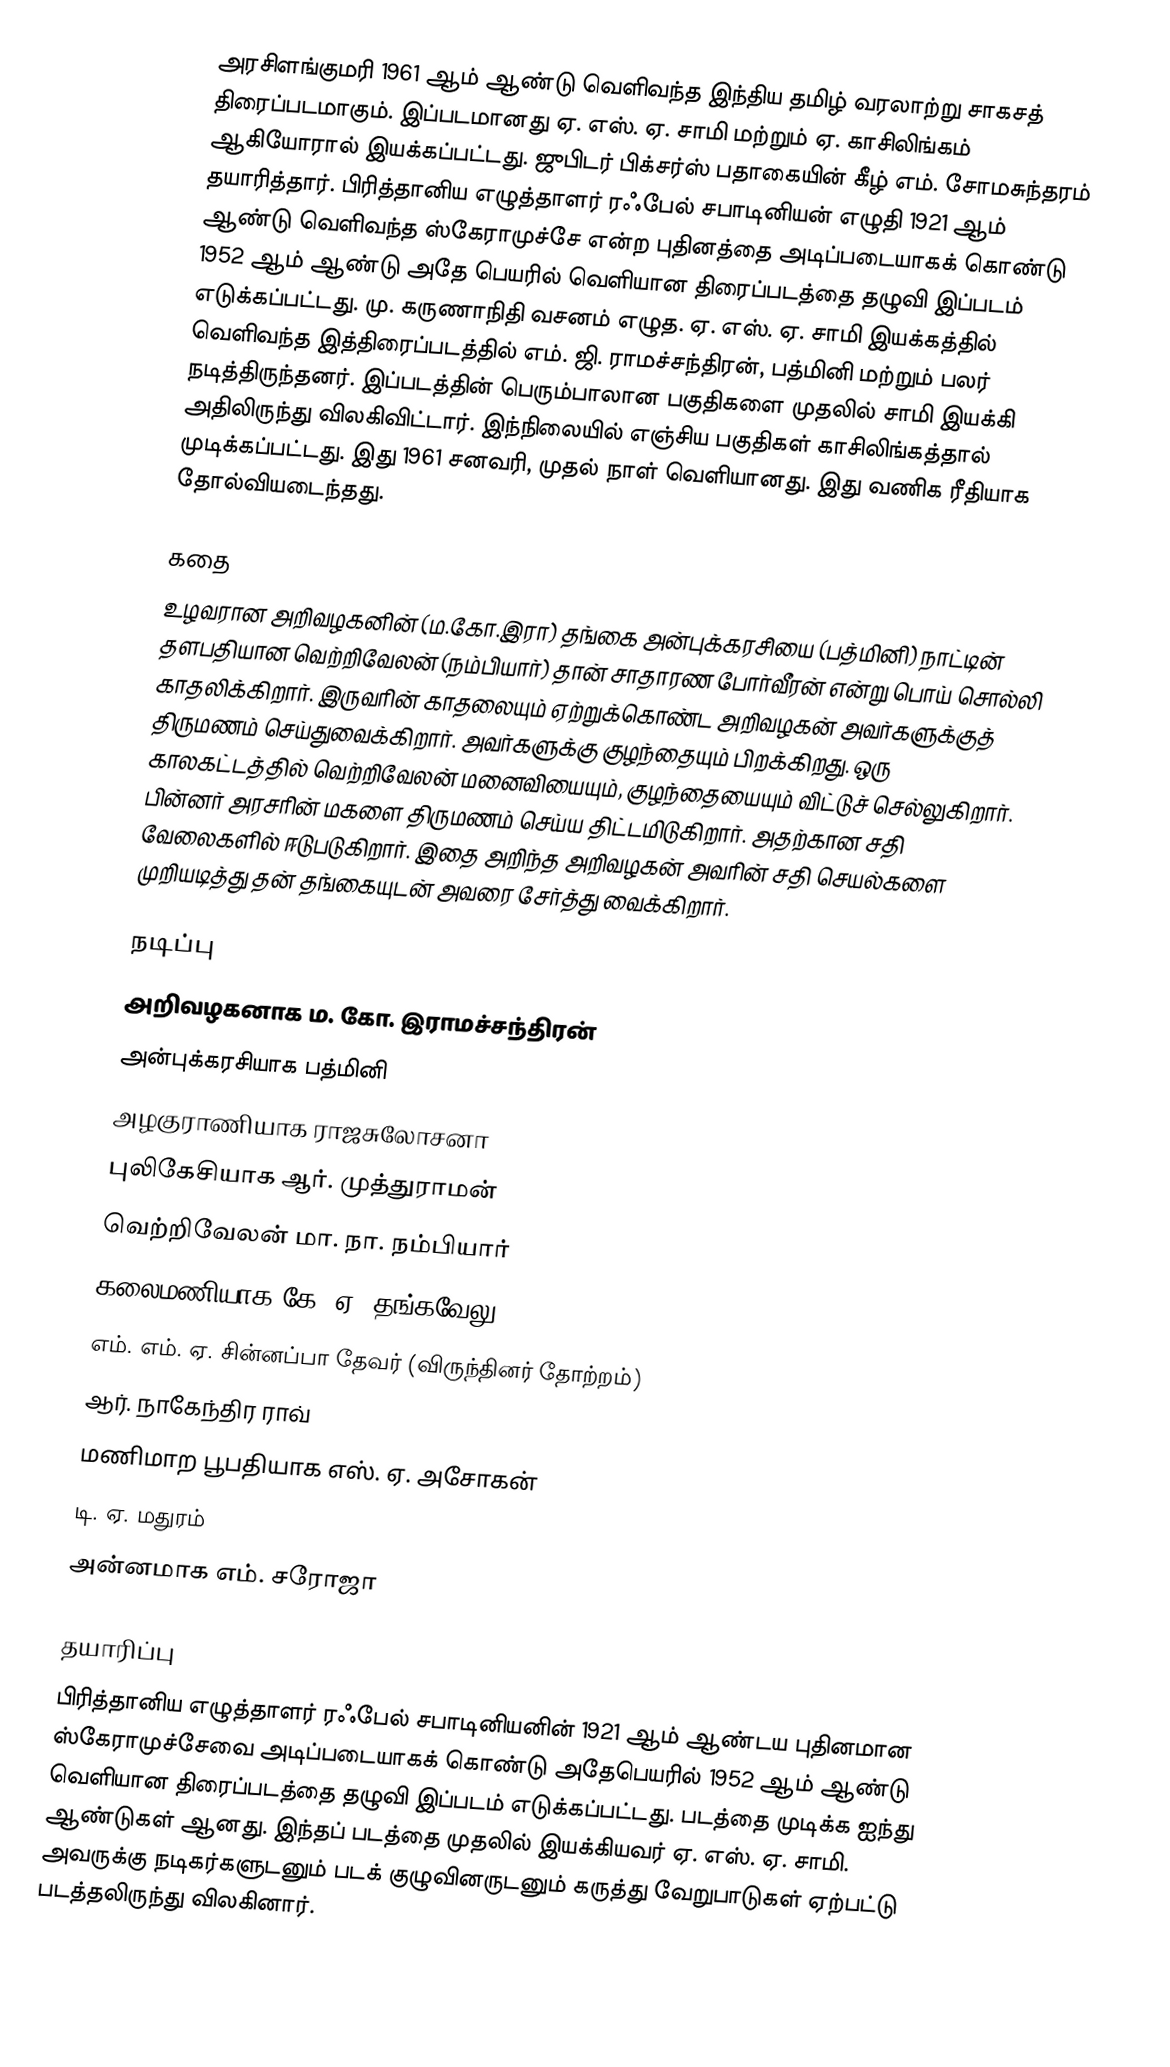
அரசிளங்குமரி 1961 ஆம் ஆண்டு வெளிவந்த இந்திய தமிழ் வரலாற்று சாகசத் திரைப்படமாகும். இப்படமானது ஏ. எஸ். ஏ. சாமி மற்றும் ஏ. காசிலிங்கம் ஆகியோரால் இயக்கப்பட்டது. ஜுபிடர் பிக்சர்ஸ் பதாகையின் கீழ் எம். சோமசுந்தரம் தயாரித்தார். பிரித்தானிய எழுத்தாளர் ரஃபேல் சபாடினியன் எழுதி 1921 ஆம் ஆண்டு வெளிவந்த ஸ்கேராமுச்சே என்ற புதினத்தை அடிப்படையாகக் கொண்டு 1952 ஆம் ஆண்டு அதே பெயரில் வெளியான திரைப்படத்தை தழுவி இப்படம் எடுக்கப்பட்டது. மு. கருணாநிதி வசனம் எழுத. ஏ. எஸ். ஏ. சாமி இயக்கத்தில் வெளிவந்த இத்திரைப்படத்தில் எம். ஜி. ராமச்சந்திரன், பத்மினி மற்றும் பலர் நடித்திருந்தனர். இப்படத்தின் பெரும்பாலான பகுதிகளை முதலில் சாமி இயக்கி அதிலிருந்து விலகிவிட்டார். இந்நிலையில் எஞ்சிய பகுதிகள் காசிலிங்கத்தால் முடிக்கப்பட்டது. இது 1961 சனவரி, முதல் நாள் வெளியானது. இது வணிக ரீதியாக தோல்வியடைந்தது.

கதை
உழவரான அறிவழகனின் (ம.கோ.இரா) தங்கை அன்புக்கரசியை (பத்மினி) நாட்டின் தளபதியான வெற்றிவேலன் (நம்பியார்) தான் சாதாரண போர்வீரன் என்று பொய் சொல்லி காதலிக்கிறார். இருவரின் காதலையும் ஏற்றுக்கொண்ட அறிவழகன் அவர்களுக்குத் திருமணம் செய்துவைக்கிறார். அவர்களுக்கு குழந்தையும் பிறக்கிறது. ஒரு காலகட்டத்தில் வெற்றிவேலன் மனைவியையும், குழந்தையையும் விட்டுச் செல்லுகிறார். பின்னர் அரசரின் மகளை திருமணம் செய்ய திட்டமிடுகிறார். அதற்கான சதி வேலைகளில் ஈடுபடுகிறார். இதை அறிந்த அறிவழகன் அவரின் சதி செயல்களை முறியடித்து தன் தங்கையுடன் அவரை சேர்த்து வைக்கிறார்.

நடிப்பு
அறிவழகனாக ம. கோ. இராமச்சந்திரன்
அன்புக்கரசியாக பத்மினி
அழகுராணியாக ராஜசுலோசனா
புலிகேசியாக ஆர். முத்துராமன்
வெற்றிவேலன் மா. நா. நம்பியார்
கலைமணியாக கே. ஏ. தங்கவேலு
எம். எம். ஏ. சின்னப்பா தேவர் (விருந்தினர் தோற்றம்)
ஆர். நாகேந்திர ராவ்
மணிமாற பூபதியாக எஸ். ஏ. அசோகன்
டி. ஏ. மதுரம்
அன்னமாக எம். சரோஜா

தயாரிப்பு
பிரித்தானிய எழுத்தாளர் ரஃபேல் சபாடினியனின் 1921 ஆம் ஆண்டய புதினமான ஸ்கேராமுச்சேவை அடிப்படையாகக் கொண்டு அதேபெயரில் 1952 ஆம் ஆண்டு வெளியான திரைப்படத்தை தழுவி இப்படம் எடுக்கப்பட்டது. படத்தை முடிக்க ஐந்து ஆண்டுகள் ஆனது. இந்தப் படத்தை முதலில் இயக்கியவர் ஏ. எஸ். ஏ. சாமி. அவருக்கு நடிகர்களுடனும் படக் குழுவினருடனும் கருத்து வேறுபாடுகள் ஏற்பட்டு படத்தலிருந்து விலகினார்.